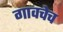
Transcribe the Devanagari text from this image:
गावचेच